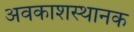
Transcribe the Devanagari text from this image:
अवकाशस्थानक